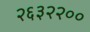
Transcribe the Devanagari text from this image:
२६३२२००